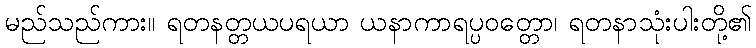
မည်သည်ကား။ ရတနတ္တယပရယာ ယနာကာရပ္ပဝတ္တော၊ ရတနာသုံးပါးတို့၏